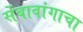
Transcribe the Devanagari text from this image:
सेंबावांगाचा